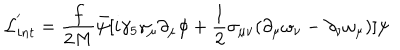
{ \cal L } _ { i n t } ^ { ' } = \frac { f } { 2 M } \bar { \psi } [ i \gamma _ { 5 } \gamma _ { \mu } \partial _ { \mu } \phi + \frac { 1 } { 2 } \sigma _ { \mu \nu } ( \partial _ { \mu } \omega _ { \nu } - \partial _ { \nu } \omega _ { \mu } ) ] \psi